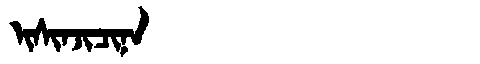
Manchu: ᡳᠰᡳᠨᠵᡳᠴᡳᠨᠠ
Romanization: ISINJICINA